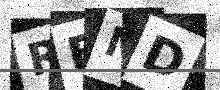
Text: REMD